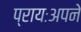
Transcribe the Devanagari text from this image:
प्रायःअपने